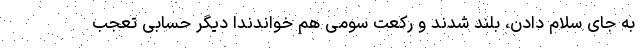
به جای سلام دادن، بلند شدند و رکعت سومی هم خواندندا دیگر حسابی تعجب